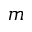
m